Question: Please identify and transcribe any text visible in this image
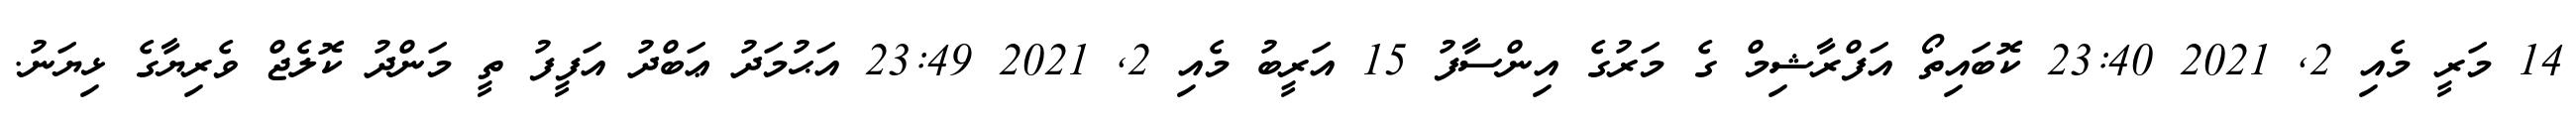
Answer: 14 މަރީ މެއި 2, 2021 23:40 ކޮބައިތޯ އަފްރާޝިމް ގެ މަރުގެ އިންސާފު 15 އަރީބު މެއި 2, 2021 23:49 އަޙުމަދު ޢަބްދު އަފީފު ތީ މަންދު ކޮލެޖް ވެރިޔާގެ ޅިޔަނު.